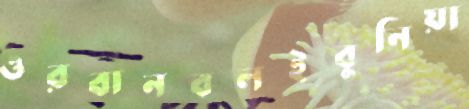
ওরবানবলইবুনিয়া